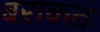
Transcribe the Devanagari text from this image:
बराकत